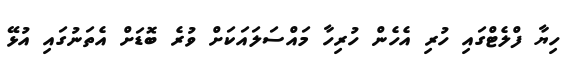
ހިޔާ ފްލެޓްގައި ހުރި އެހެން ހުރިހާ މައްސަލައަކަށް ވުރެ ބޮޑަށް އެތަނުގައި އުޅޭ